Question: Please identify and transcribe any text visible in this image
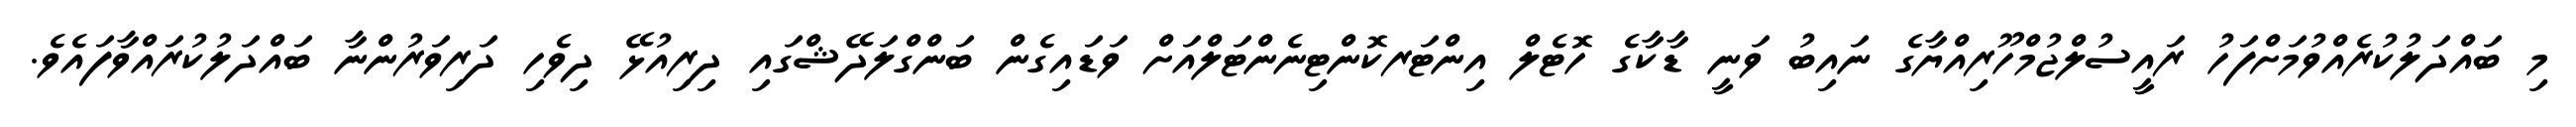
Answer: މި ބައްދަލުކުރެއްވުމަށްފަހު ރައީސުލްޖުމްހޫރިއްޔާގެ ނައިބު ވަނީ ޑާކާގެ ހޮޓެލް އިންޓަރކޮންޓިނެންޓަލްއަށް ވަޑައިގެން ބަންގްލަދޭޝްގައި ދިރިއުޅޭ ދިވެހި ދަރިވަރުންނާ ބައްދަލުކުރައްވާފައެވެ.